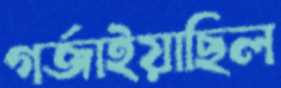
গর্জাইয়াছিল